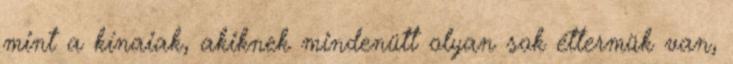
mint a kínaiak, akiknek mindenütt olyan sok éttermük van,